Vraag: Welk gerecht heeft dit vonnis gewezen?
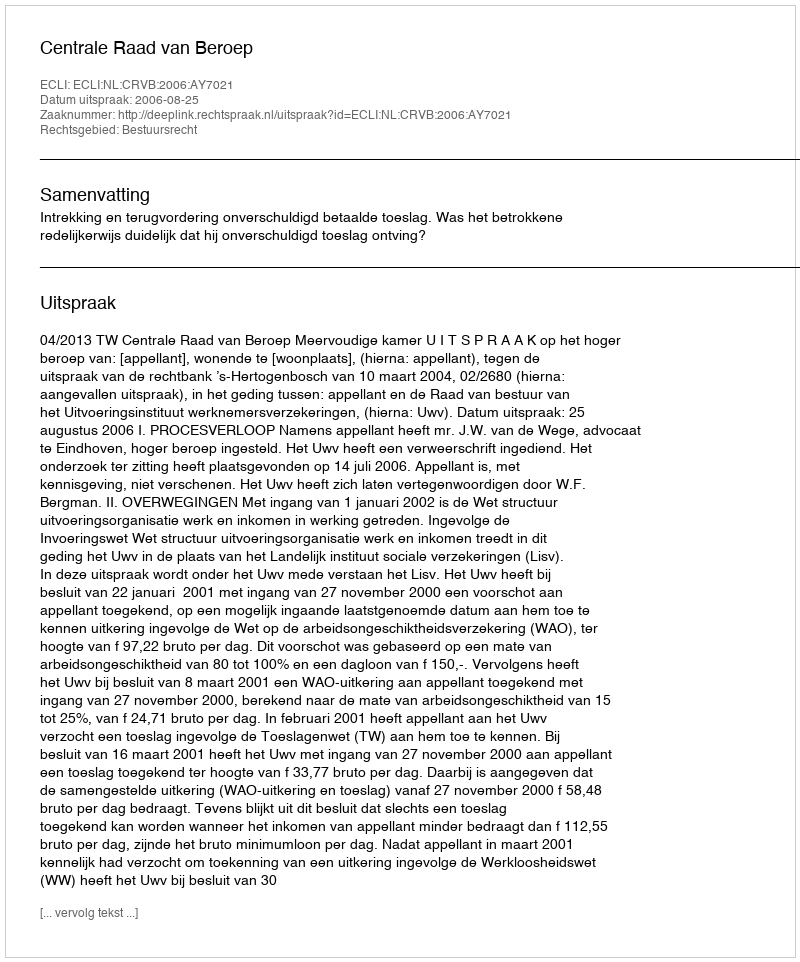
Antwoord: Centrale Raad van Beroep